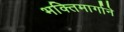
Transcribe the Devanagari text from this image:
भक्तिमार्गाने